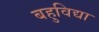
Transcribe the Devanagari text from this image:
बहुविद्या